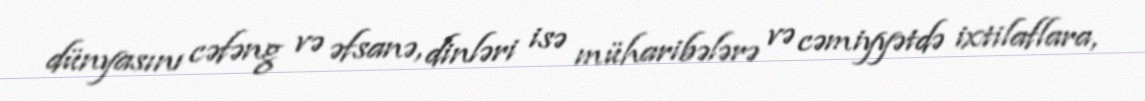
dünyasını cəfəng və əfsanə, dinləri isə müharibələrə və cəmiyyətdə ixtilaflara,